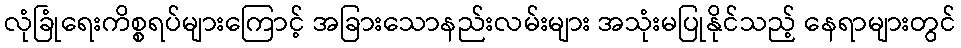
လုံခြုံရေးကိစ္စရပ်များကြောင့် အခြားသောနည်းလမ်းများ အသုံးမပြုနိုင်သည့် နေရာများတွင်